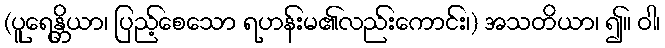
(ပူရေန္တိယာ၊ ပြည့်စေသော ရဟန်းမ၏လည်းကောင်း၊) အသတိယာ၊ ၍။ ဝါ၊